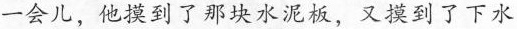
一会儿，他摸到了那块水泥板，又摸到了下水